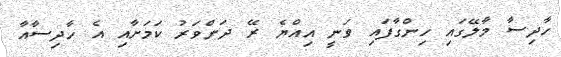
ހާދިސާ މާލޭގައި ހިންގާފައި ވަނީ އިއްޔެ ރޭ ދަންވަރު ކަމަށާއި އެ ހާދިސާއާ